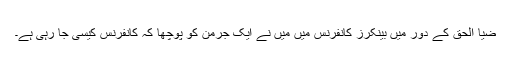
ضیا الحق کے دور میں بینکرز کانفرنس میں میں نے ایک جرمن کو پوچھا کہ کانفرنس کیسی جا رہی ہے۔